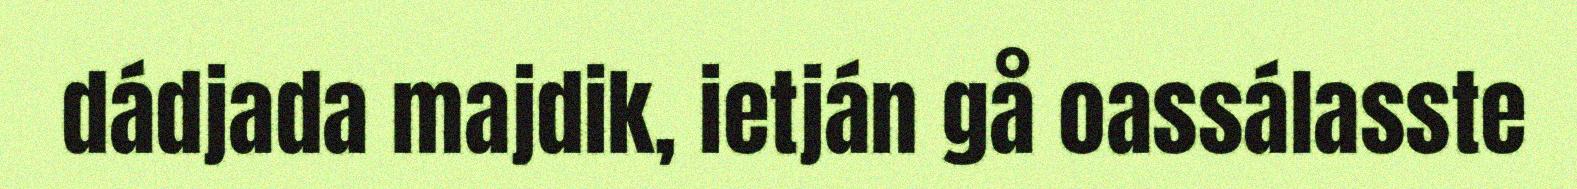
dádjada majdik, ietján gå oassálasste